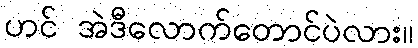
ဟင် အဲဒီလောက်တောင်ပဲလား။